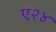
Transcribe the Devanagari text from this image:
ए२४